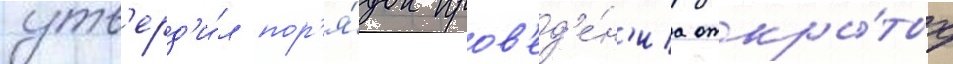
утв'ерд'и́л пор'я́док пров'ед'е́н'иа откры́тых